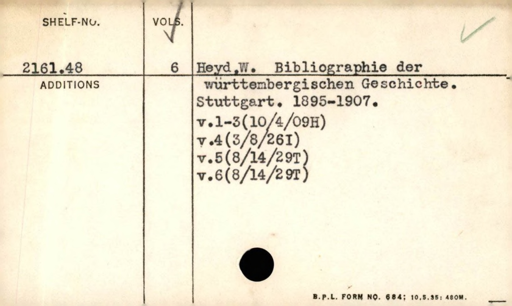
Label: content